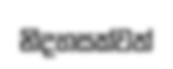
නිදහසක්වත්